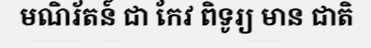
មណិរ័តន៍ ជា កែវ ពិទូរ្យ មាន ជាតិ